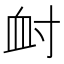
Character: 𡬪